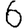
Digit: 6